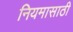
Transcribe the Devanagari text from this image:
नियमासाठी